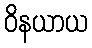
ဝိနယာယ